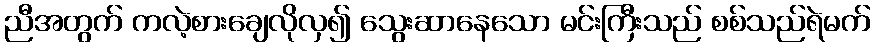
ညီအတွက် ကလဲ့စားချေလိုလှ၍ သွေးဆာနေသော မင်းကြီးသည် စစ်သည်ရဲမက်